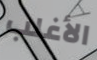
الأغلب